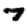
Digit: 7